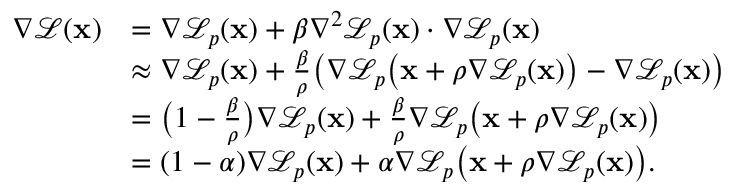
\begin{array} { r l } { \nabla \mathcal { L } ( \mathbf { x } ) } & { = \nabla \mathcal { L } _ { p } ( \mathbf { x } ) + \beta \nabla ^ { 2 } \mathcal { L } _ { p } ( \mathbf { x } ) \cdot \nabla \mathcal { L } _ { p } ( \mathbf { x } ) } \\ & { \approx \nabla \mathcal { L } _ { p } ( \mathbf { x } ) + \frac { \beta } { \rho } \bigl ( \nabla \mathcal { L } _ { p } \bigl ( \mathbf { x } + \rho \nabla \mathcal { L } _ { p } ( \mathbf { x } ) \bigr ) - \nabla \mathcal { L } _ { p } ( \mathbf { x } ) \bigr ) } \\ & { = \bigl ( 1 - \frac { \beta } { \rho } \bigr ) \nabla \mathcal { L } _ { p } ( \mathbf { x } ) + \frac { \beta } { \rho } \nabla \mathcal { L } _ { p } \bigl ( \mathbf { x } + \rho \nabla \mathcal { L } _ { p } ( \mathbf { x } ) \bigr ) } \\ & { = ( 1 - \alpha ) \nabla \mathcal { L } _ { p } ( \mathbf { x } ) + \alpha \nabla \mathcal { L } _ { p } \bigl ( \mathbf { x } + \rho \nabla \mathcal { L } _ { p } ( \mathbf { x } ) \bigr ) . } \end{array}